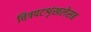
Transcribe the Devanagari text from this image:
चित्रपटशृंखलेसह